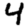
Digit: 4